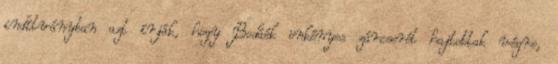
indítványban azt írják, hogy Bodáék önkényes zárcserét hajtottak végre,